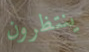
ينتظرون